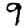
Digit: 9